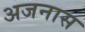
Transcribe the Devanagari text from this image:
अजनास